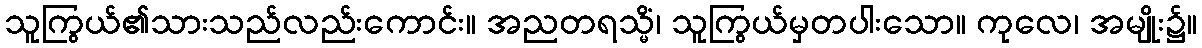
သူကြွယ်၏သားသည်လည်းကောင်း။ အညတရသ္မိံ၊ သူကြွယ်မှတပါးသော။ ကုလေ၊ အမျိုး၌။